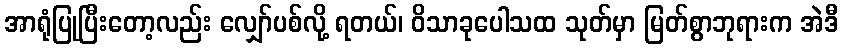
အာရုံပြုပြီးတော့လည်း လျှော်ပစ်လို့ ရတယ်၊ ဝိသာခုပေါသထ သုတ်မှာ မြတ်စွာဘုရားက အဲဒီ